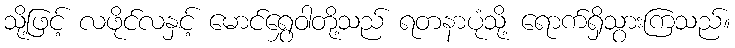
သို့ဖြင့် လဖိုင်လနှင့် မောင်ရွှေဝါတို့သည် ရတနာပုံသို့ ရောက်ရှိသွားကြသည်။